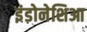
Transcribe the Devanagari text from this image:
इंडोनेशिआ